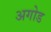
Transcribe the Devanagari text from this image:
अगोड